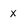
Character: x